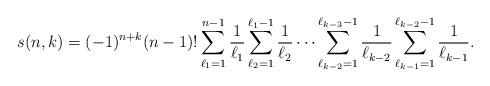
LaTeX: \begin{align*}s(n,k)=(-1)^{n+k}(n-1)!\sum_{\ell_1=1}^{n-1} \frac1{\ell_1}\sum_{\ell_2=1}^{\ell_1-1}\frac1{\ell_2}\dotsm \sum_{\ell_{k-2}=1}^{\ell_{k-3}-1}\frac1{\ell_{k-2}} \sum_{\ell_{k-1}=1}^{\ell_{k-2}-1}\frac1{\ell_{k-1}}.\end{align*}